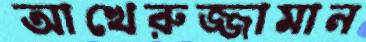
আখেরুজ্জামান